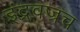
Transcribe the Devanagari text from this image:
इंद्रवज्रच